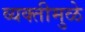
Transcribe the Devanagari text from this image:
व्यक्तीमुळे